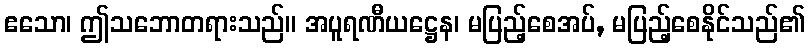
ဧသော၊ ဤသဘောတရားသည်။ အပူရဏီယဋ္ဌေန၊ မပြည့်စေအပ်, မပြည့်စေနိုင်သည်၏